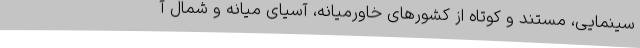
سینمایی، مستند و کوتاه از کشورهای خاورمیانه، آسیای میانه و شمال آ